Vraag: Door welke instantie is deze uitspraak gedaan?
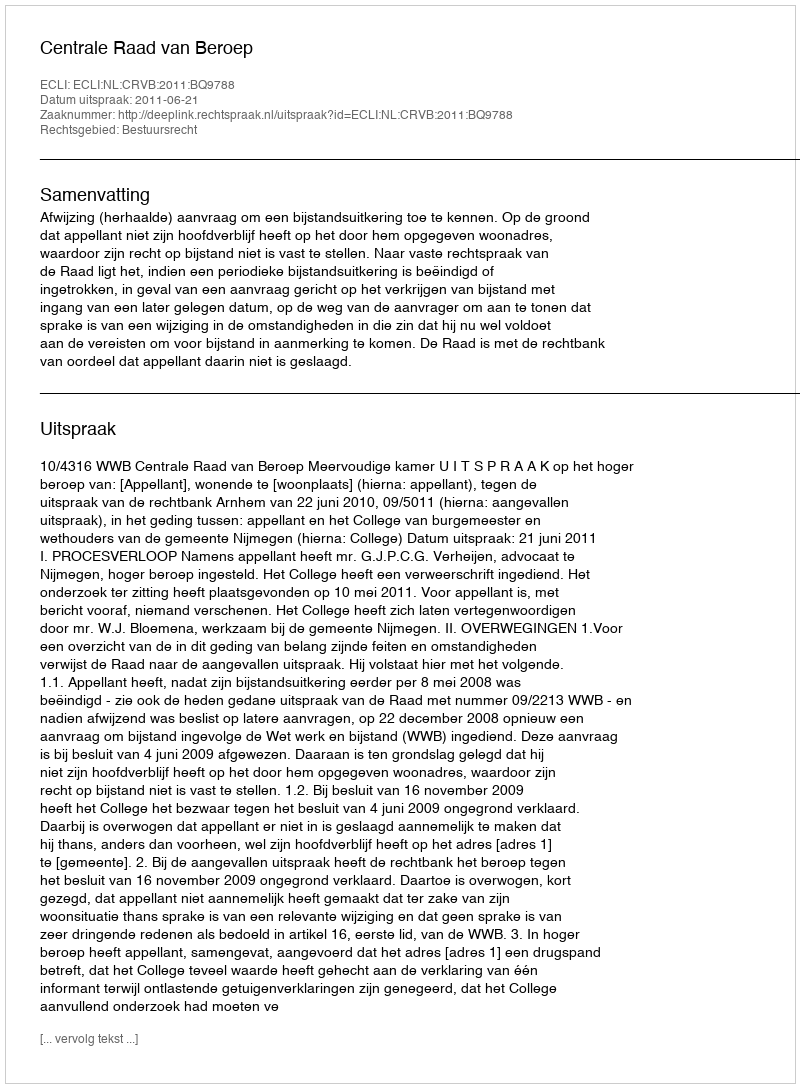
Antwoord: Centrale Raad van Beroep